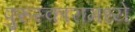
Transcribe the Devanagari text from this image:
पुरुस्कारामध्ये